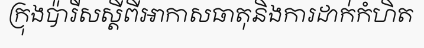
ក្រុងប៉ារីសស្តីពីអាកាសធាតុនិងការដាក់កំហិត